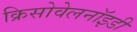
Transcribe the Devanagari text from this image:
क्रिसोवेलनॉइडी